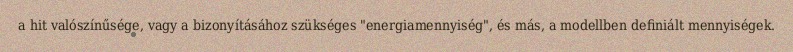
a hit valószínűsége, vagy a bizonyításához szükséges "energiamennyiség", és más, a modellben definiált mennyiségek.